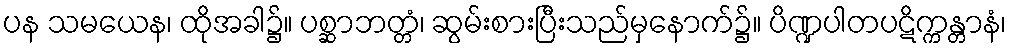
ပန သမယေန၊ ထိုအခါ၌။ ပစ္ဆာဘတ္တံ၊ ဆွမ်းစားပြီးသည်မှနောက်၌။ ပိဏ္ဍပါတပဋိက္ကန္တာနံ၊